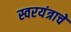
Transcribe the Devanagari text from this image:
स्वरयंत्राचे